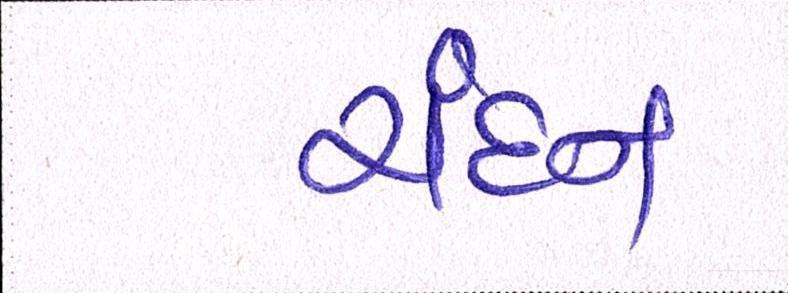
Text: ચંદન